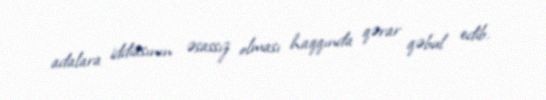
adalara iddiasının əsassız olması haqqında qərar qəbul edib.